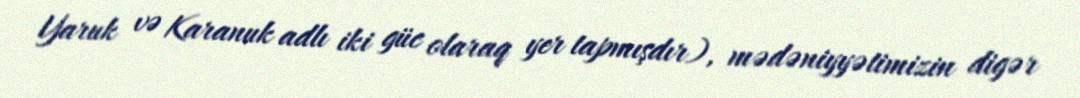
Yaruk və Karanuk adlı iki güc olaraq yer tapmışdır), mədəniyyətimizin digər